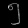
Digit: ၅